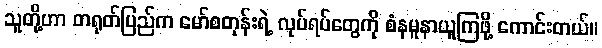
သူတို့ဟာ တရုတ်ပြည်က မော်စတုန်းရဲ့ လုပ်ရပ်တွေကို စံနမူနာယူကြဖို့ ကောင်းတယ်။